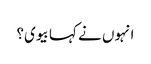
انہوں نے کہا بیوی؟